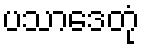
ပသာဒေတုံ